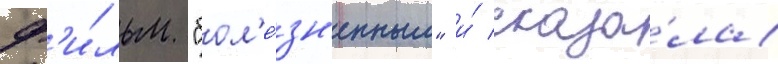
ф'и́льм "бол'е́зн'енным" и́ сказа́ла